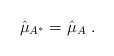
LaTeX: \begin{align*}\hat{\mu}_{A^*} = \hat{\mu}_A \ .\end{align*}